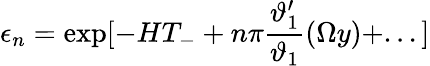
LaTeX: \epsilon_{n}=\exp[-HT_{-}+n\pi\frac{\vartheta_{1}^{\prime}}{\vartheta_{1}}(\Omega y)+...]